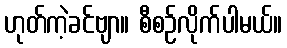
ဟုတ်ကဲ့ခင်ဗျာ။ စီစဉ်လိုက်ပါမယ်။